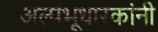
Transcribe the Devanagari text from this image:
अल्पभूधारकांनी